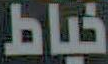
خياط